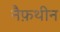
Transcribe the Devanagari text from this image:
नैफ़थीन